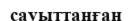
сауыттанған